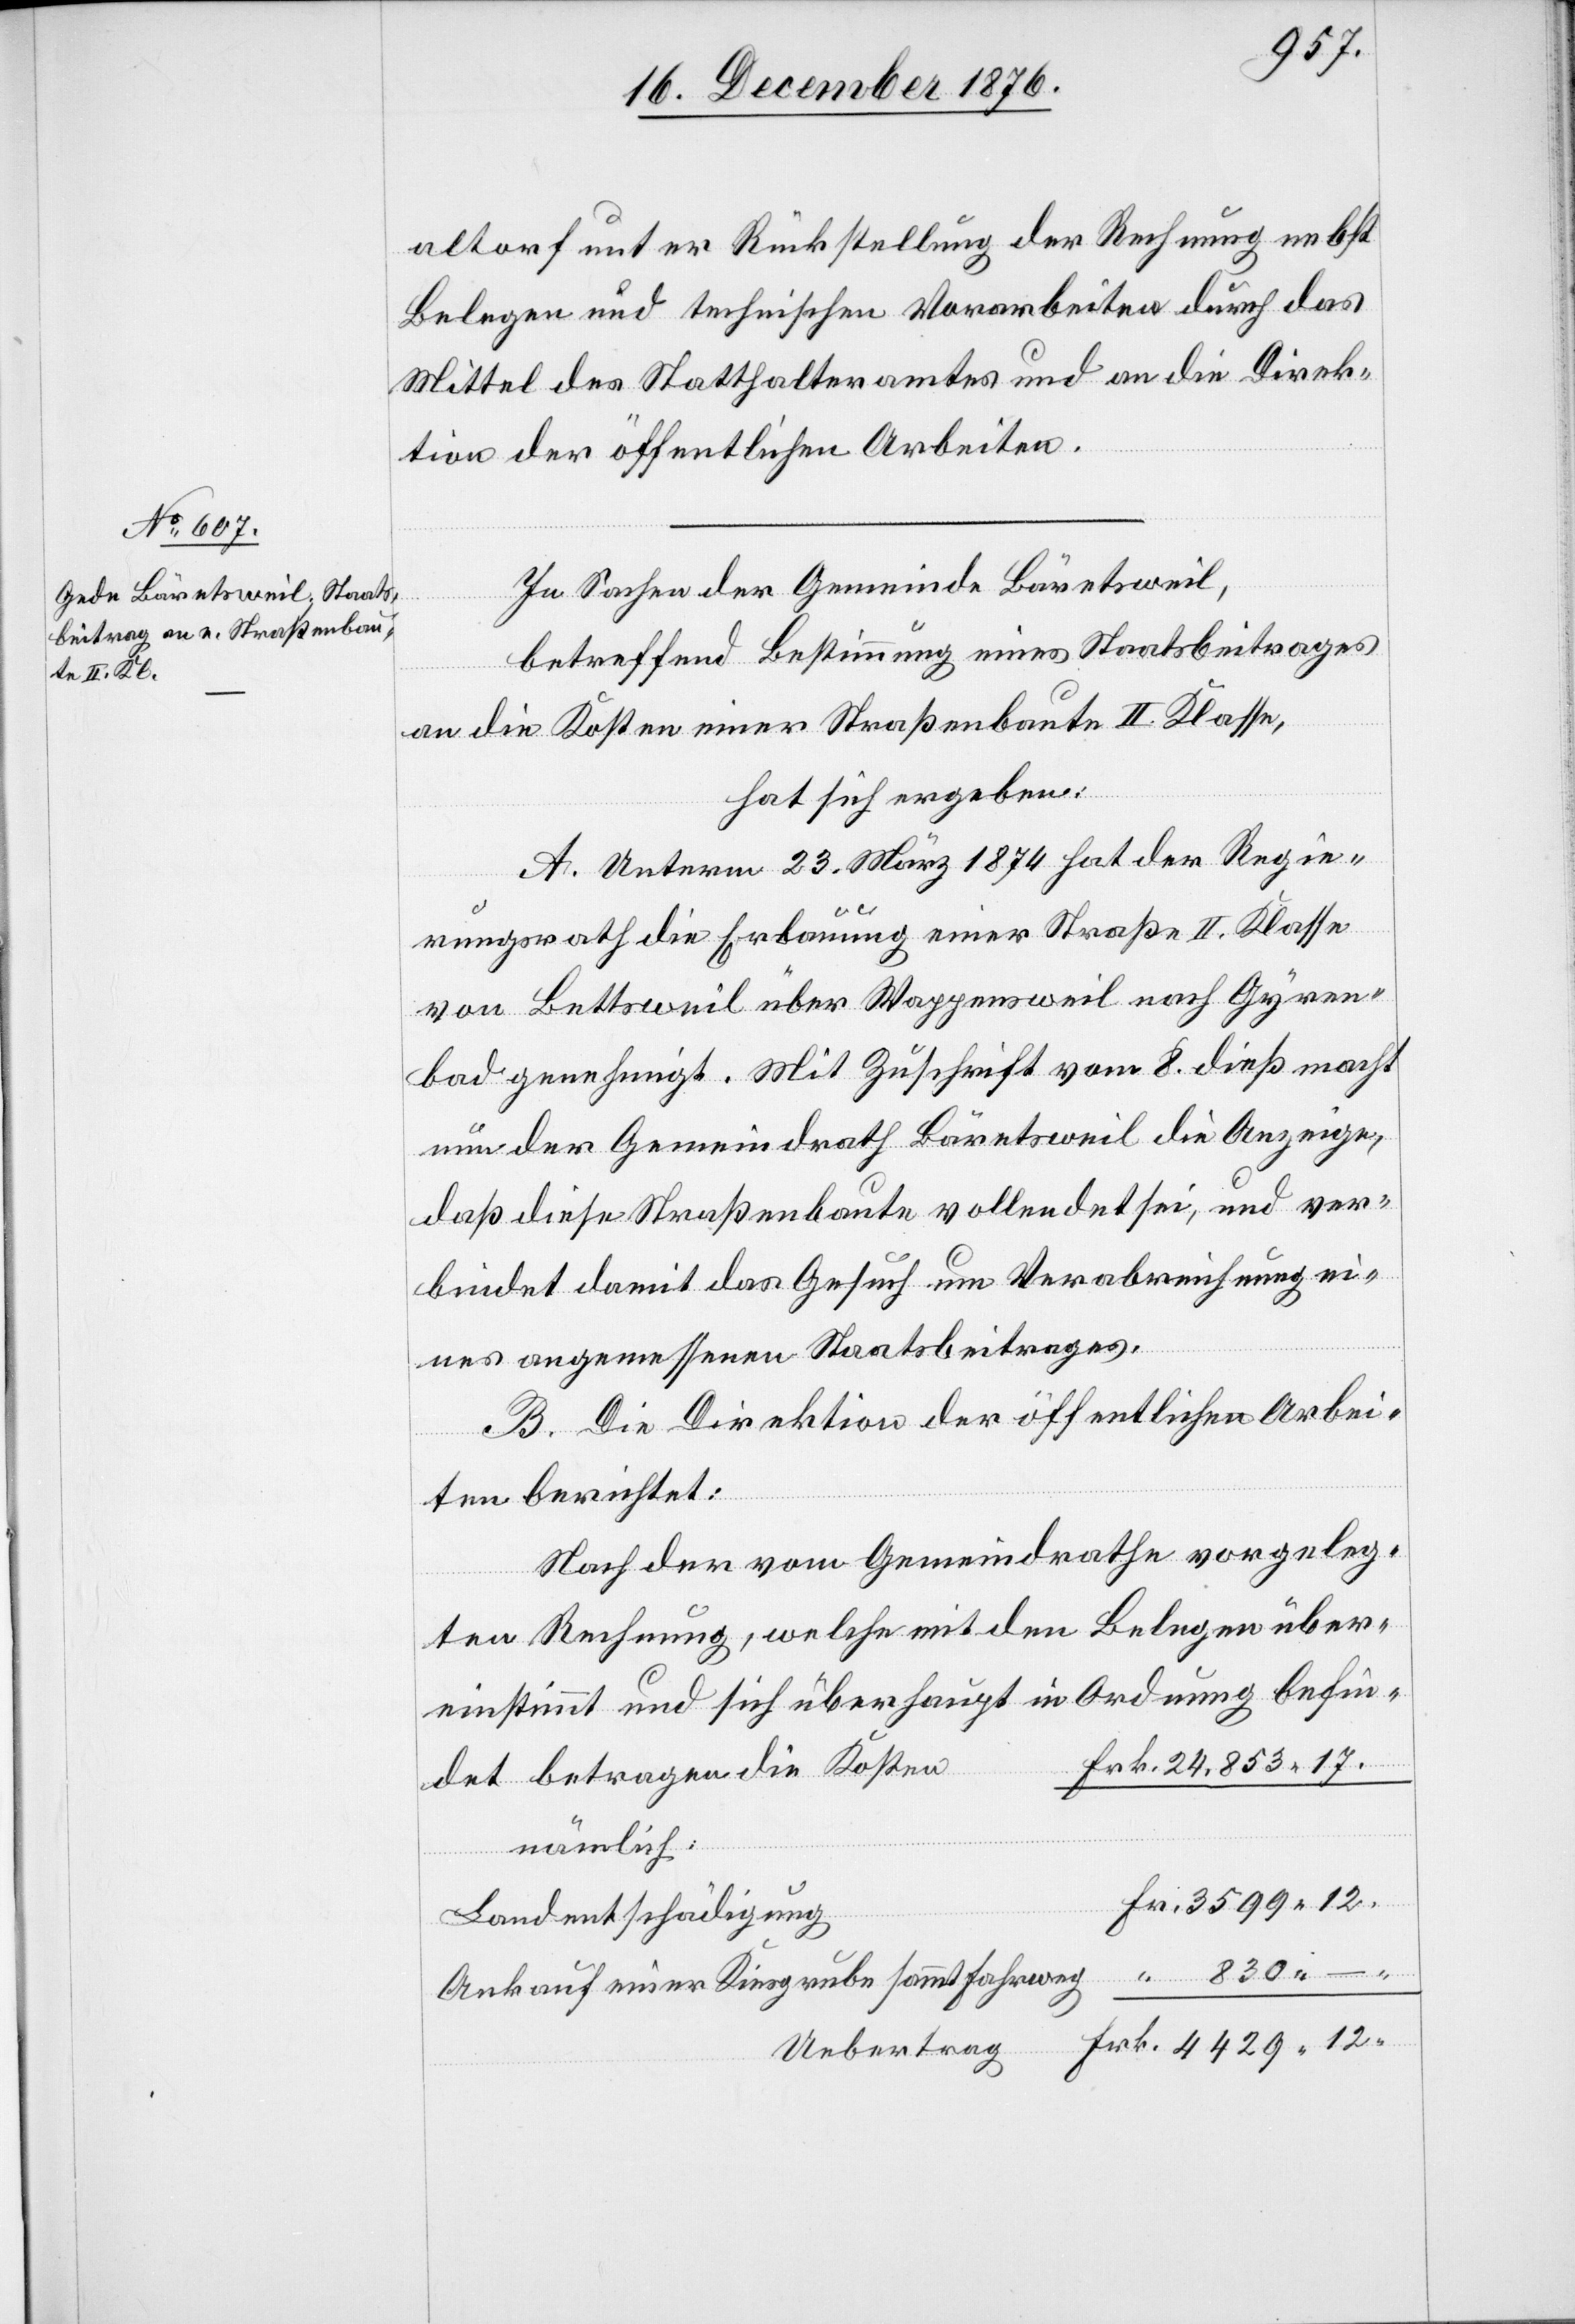
17.
altorf unter Rückstellung der Rechnung nebst
Belegen und technischen Vorarbeiten durch das
Mittel des Statthalteramtes und an die Direk¬
tion der öffentlichen Arbeiten.
In Sachen der Gemeinde Bäretsweil,
betreffend Bestimmung eines Staatsbeitrages
an die Kosten einer Straßenbaute II. Klasse,
hat sich ergeben:
A. Unterm 23. März 1874 hat der Regie¬
12.
rungsrath die Erbauung einer Straße II. Klasse
von Bettsweil über Wappensweil nach Gyren¬
bad genehmigt. Mit Zuschrift vom 8. dieß macht
nun der Gemeindrath Bäretsweil die Anzeige,
daß diese Straßenbaute vollendet sei, und ver¬
bindet damit das Gesuch um Verabreichung ei¬
nes angemessenen Staatsbeitrages.
B. Die Direktion der öffentlichen Arbei¬
ten berichtet:
Nach der vom Gemeindrathe vorgeleg¬
ten Rechnung, welche mit den Belegen über¬
einstimmt und sich überhaupt in Ordnung befin¬
betragen die Kosten
nämlich:
det
Landentschädigung
Ankauf einer Kiesgrube sammt Fahrweg